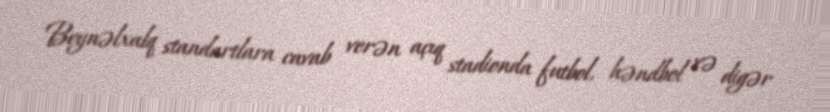
Beynəlxalq standartlara cavab verən açıq stadionda futbol, həndbol və digər